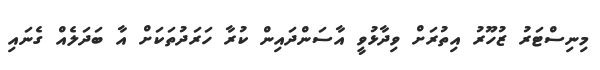
މިނިސްޓަރު ޒުހޫރު އިތުރަށް ވިދާޅުވީ އާސަންދައިން ކުރާ ހަރަދުތަކަށް އާ ބަދަލެއް ގެނައި